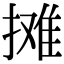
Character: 摊